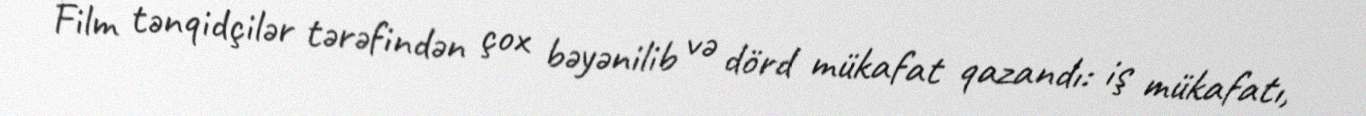
Film tənqidçilər tərəfindən çox bəyənilib və dörd mükafat qazandı: iş mükafatı,